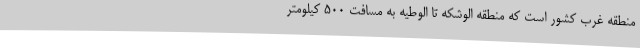
منطقه غرب کشور است که منطقه الوشکه تا الوطیه به مسافت 500 کیلومتر